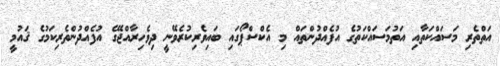
އަތްތެރި މަސައްކަތާއި އަތުމަސައްކަތުގެ އުފެއްދުންތައް މި އެކްސްޕޯގައި ބައިވެރިކުރެވޭނީ ދިވެހިރާއްޖޭގެ އުފެއްދުންތެރިކަމުގެ ޤައުމީ